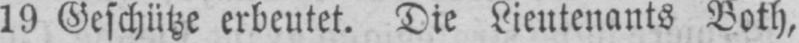
19 Geschütze erbeutet. Die Lieutenants Both,